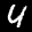
Label: 4